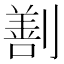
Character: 𠟤